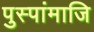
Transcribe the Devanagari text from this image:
पुस्पांमाजि